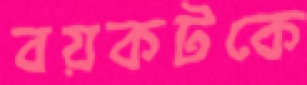
বয়কটকে